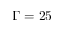
\Gamma = 2 5